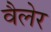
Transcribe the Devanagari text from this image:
वैलेर